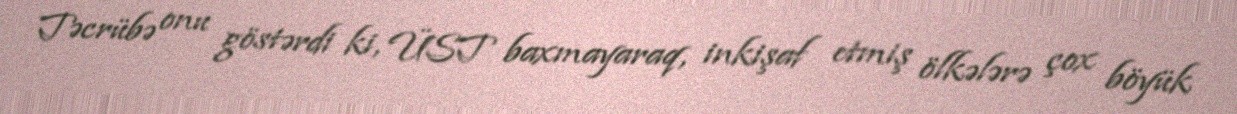
Təcrübə onu göstərdi ki, ÜST baxmayaraq, inkişaf etmiş ölkələrə çox böyük